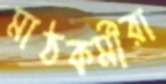
মাঠকর্মীরা